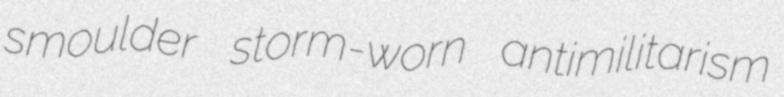
smoulder storm-worn antimilitarism